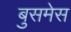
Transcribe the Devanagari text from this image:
बुसमेस